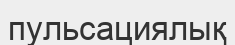
пульсациялық